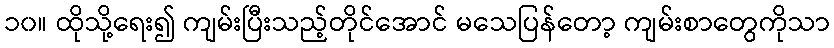
၁၀။ ထိုသို့ရေး၍ ကျမ်းပြီးသည့်တိုင်အောင် မသေပြန်တော့ ကျမ်းစာတွေကိုသာ